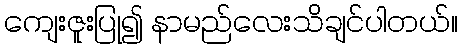
ကျေးဇူးပြု၍ နာမည်လေးသိချင်ပါတယ်။